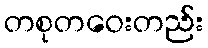
တစုတဝေးတည်း